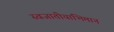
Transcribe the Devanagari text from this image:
स्वजातीयाभिमान